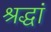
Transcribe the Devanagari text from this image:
श्रद्धां